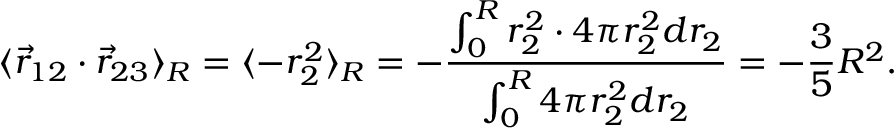
\langle \vec { r } _ { 1 2 } \cdot \vec { r } _ { 2 3 } \rangle _ { R } = \langle - r _ { 2 } ^ { 2 } \rangle _ { R } = - \frac { \int _ { 0 } ^ { R } r _ { 2 } ^ { 2 } \cdot 4 \pi r _ { 2 } ^ { 2 } d r _ { 2 } } { \int _ { 0 } ^ { R } 4 \pi r _ { 2 } ^ { 2 } d r _ { 2 } } = - \frac { 3 } { 5 } R ^ { 2 } .